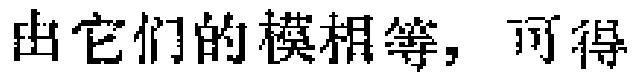
由它们的模相等，可得